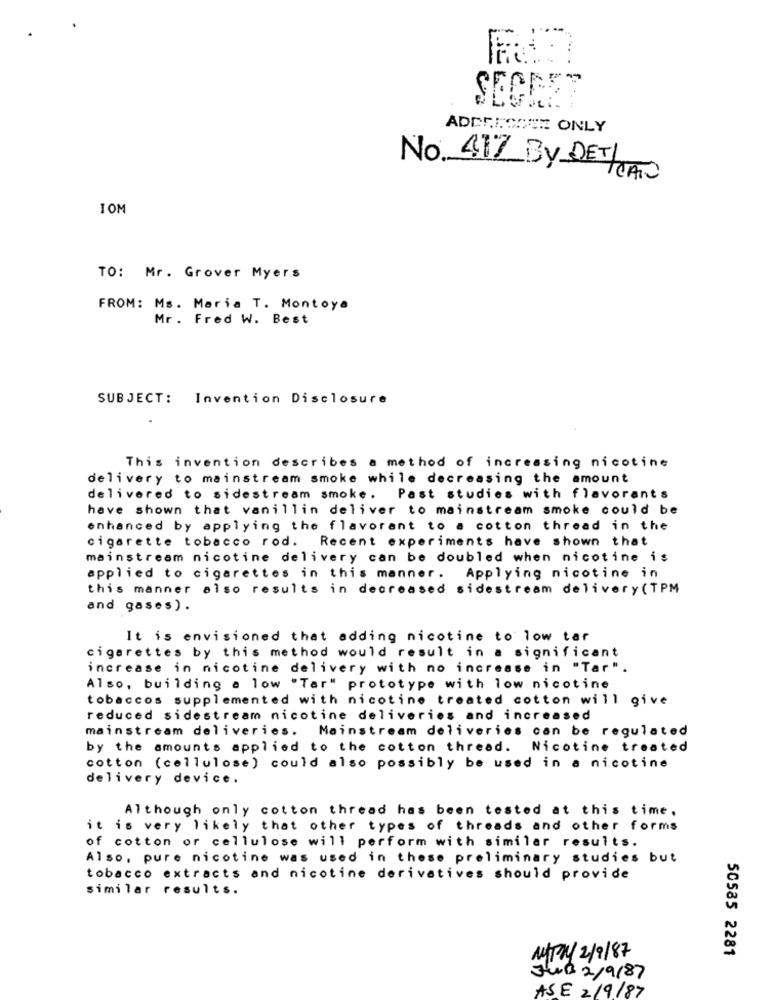
ADDETTOOSE ONLY
No. 417 By DET/CATU
IOM
TO: Mr. Grover Myers
FROM: Ms. Maria T. Montoya
Mr. Fred W. Best
SUBJECT: Invention Disclosure
This invention describes a method of increasing nicotine
delivery to mainstream smoke while decreasing the amount
delivered to sidestream smoke.
Past studies with flavorants
have shown that vanillin deliver to mainstream smoke could be
enhanced by applying the flavorant to a cotton thread in the
cigarette tobacco rod. Recent experiments have shown that
mainstream nicotine delivery can be doubled when nicotine is
applied to cigarettes in this manner. Applying nicotine in
this manner also results in decreased sidestream delivery (TPM
and gases).
It is envisioned that adding nicotine to low tar
cigarettes by this method would result in a significant
increase in nicotine delivery with no increase in "Tar".
Also, building a low "Tar" prototype with low nicotine
tobaccos supplemented with nicotine treated cotton will give
reduced sidestream nicotine deliveries and increased
mainstream deliveries.
Mainstream deliveries can be regulated
by the amounts applied to the cotton thread.
Nicotine treated
cotton (cellulose) could also possibly be used in a nicotine
delivery device.
Although only cotton thread has been tested at this time.
it is very likely that other types of threads and other forms
of cotton or cellulose will perform with similar results.
Also, pure nicotine was used in these preliminary studies but
tobacco extracts and nicotine derivatives should provide
similar results.
50585 2281
A/r/ 2/9/87
JuB 2/9/87
ASE 2/9/87